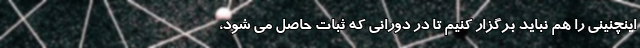
اینچنینی را هم نباید برگزار کنیم تا در دورانی که ثبات حاصل می شود،